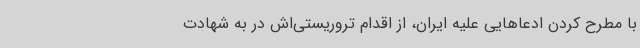
با مطرح کردن ادعاهایی علیه ایران، از اقدام تروریستی‌اش در به شهادت